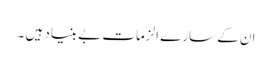
ان کے سارے الزمات بے بنیاد ہیں ۔